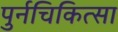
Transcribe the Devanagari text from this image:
पुर्नचिकित्सा